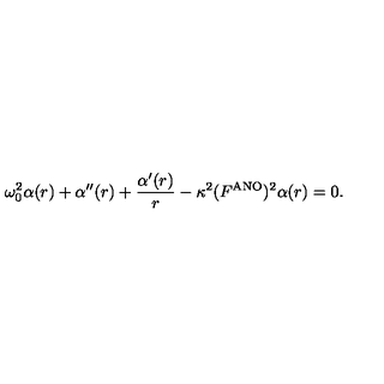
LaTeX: \omega _ { 0 } ^ { 2 } \alpha ( r ) + \alpha ^ { \prime \prime } ( r ) + \frac { \alpha ^ { \prime } ( r ) } { r } - \kappa ^ { 2 } ( F ^ { \mathrm { A N O } } ) ^ { 2 } \alpha ( r ) = 0 .